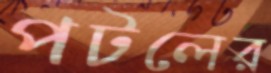
পটলের